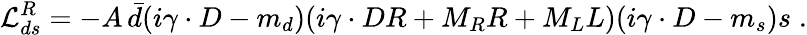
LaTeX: {\cal{L}}_{ds}^{R}=-A\, \bar{d}(i\gamma\cdot D-m_{d})(i\gamma\cdot DR+M_{R}R+M_{L}L)(i\gamma\cdot D-m_{s})s\; .